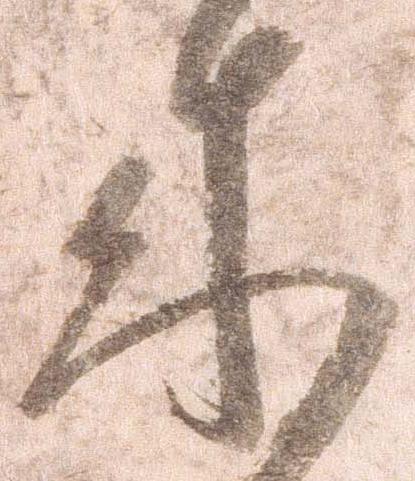
来